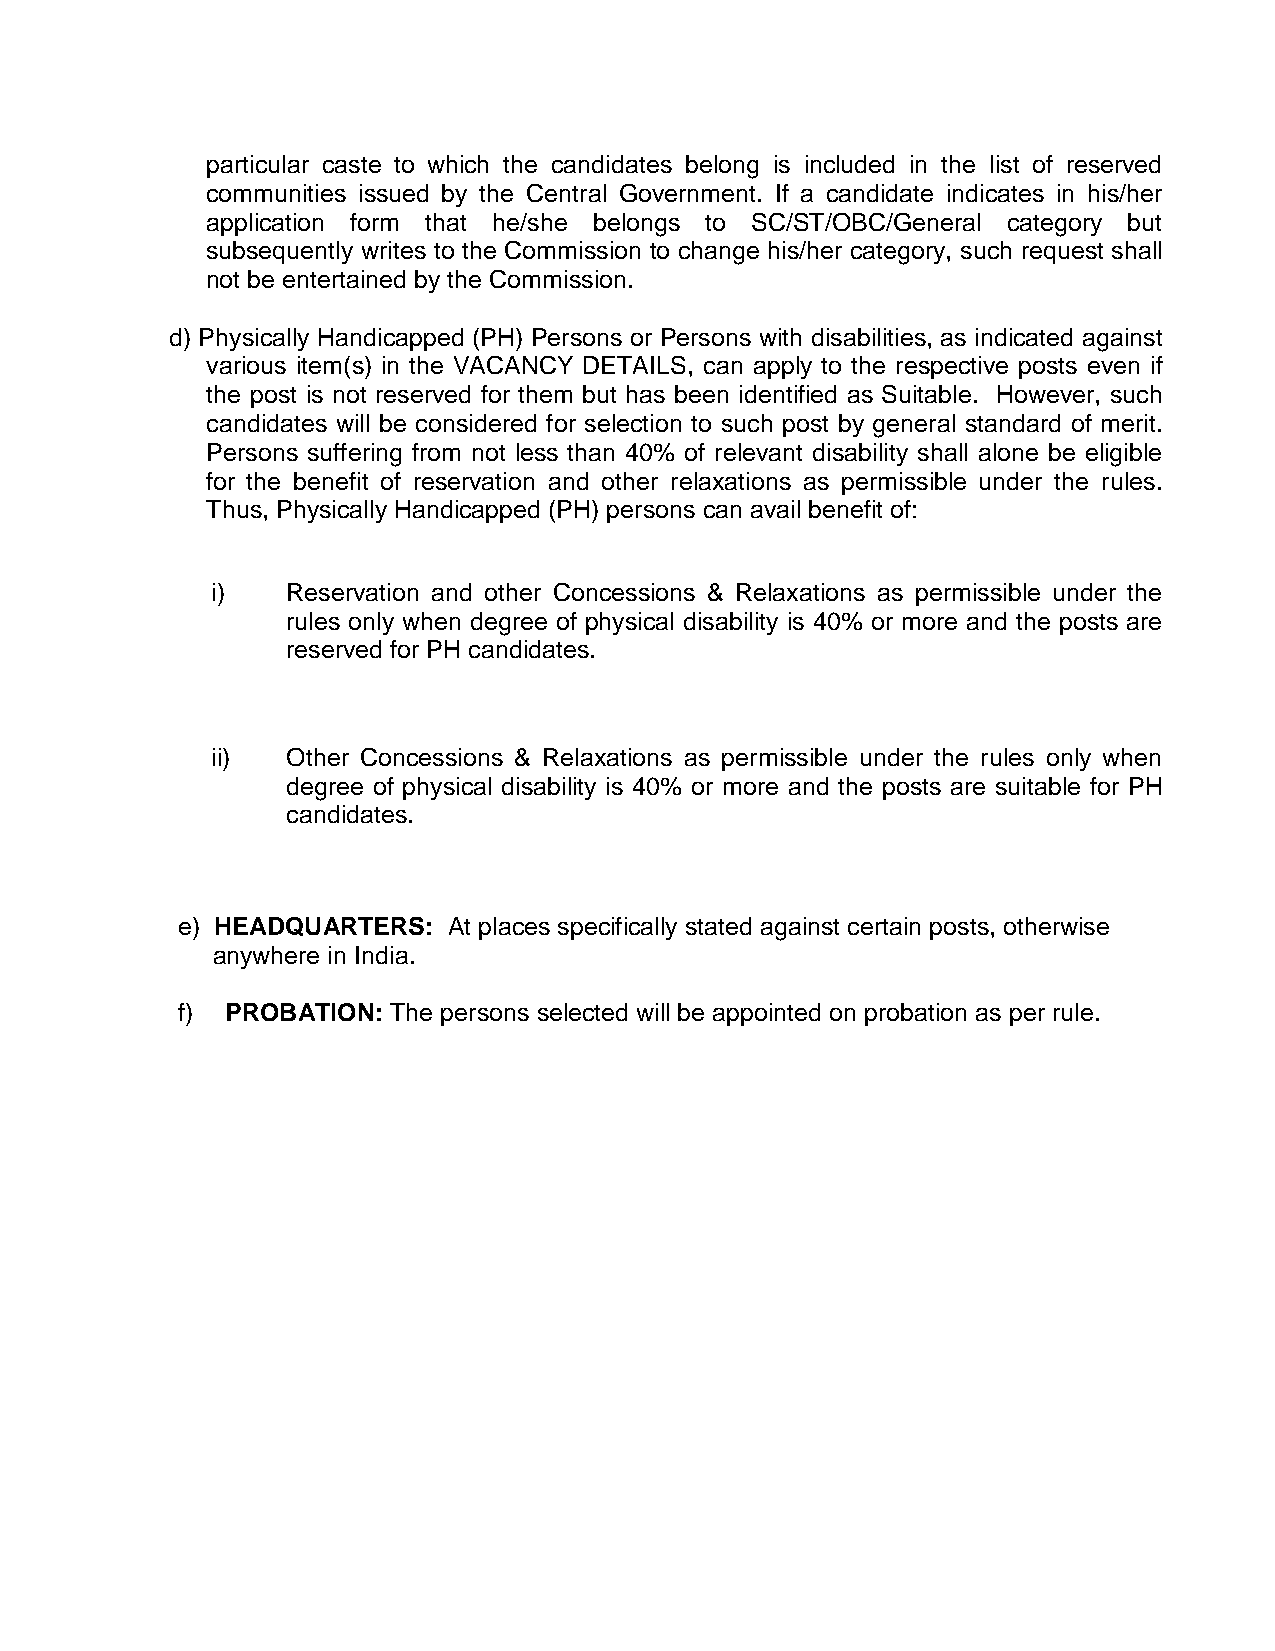
particular caste to which the candidates belong is included in the list of reserved
 communities issued by the Central Government. If a candidate indicates in his/her
 application form that he/she belongs to SC/ST/OBC/General category but
 subsequently writes to the Commission to change his/her category, such request shall
 not be entertained by the Commission.
 d) Physically Handicapped (PH) Persons or Persons with disabilities, as indicated against
 various item(s) in the VACANCY DETAILS, can apply to the respective posts even if
 the post is not reserved for them but has been identified as Suitable. However, such
 candidates will be considered for selection to such post by general standard of merit.
 Persons suffering from not less than 40% of relevant disability shall alone be eligible
 for the benefit of reservation and other relaxations as permissible under the rules.
 Thus, Physically Handicapped (PH) persons can avail benefit of:
 i)   Reservation and other Concessions & Relaxations as permissible under the
 rules only when degree of physical disability is 40% or more and the posts are
 reserved for PH candidates.
 ii)  Other Concessions & Relaxations as permissible under the rules only when
 degree of physical disability is 40% or more and the posts are suitable for PH
 candidates.
 e) HEADQUARTERS:  At places specifically stated against certain posts, otherwise
 anywhere in India.
 f) PROBATION: The persons selected will be appointed on probation as per rule.